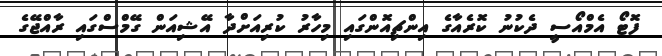
ފޮޓޯ އެމްއޯސީ ދެކުނު ކޮރެއާގެ އިންޗިއޮންގައި މިހާރު ކުރިއަށްދާ އޭޝިއަން ގޭމްސްގައި ރާއްޖޭގެ